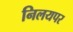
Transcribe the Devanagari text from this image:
निलयपर